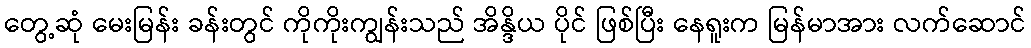
တွေ့ဆုံ မေးမြန်း ခန်းတွင် ကိုကိုးကျွန်းသည် အိန္ဒိယ ပိုင် ဖြစ်ပြီး နေရူးက မြန်မာအား လက်ဆောင်